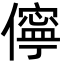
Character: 儜